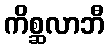
ကိစ္ဆလာဘီ